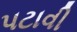
પટાવી